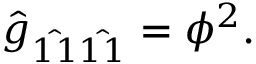
\hat { g } _ { \hat { 1 1 } \hat { 1 1 } } = \phi ^ { 2 } .